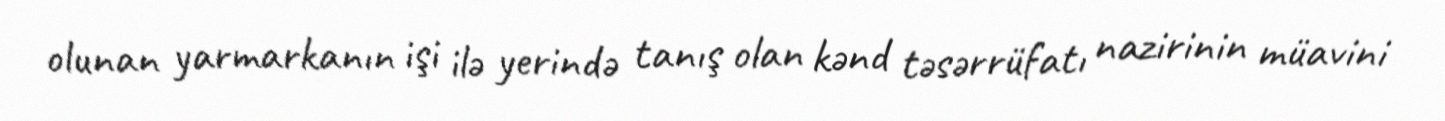
olunan yarmarkanın işi ilə yerində tanış olan kənd təsərrüfatı nazirinin müavini